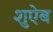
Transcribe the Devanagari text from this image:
शुऐब